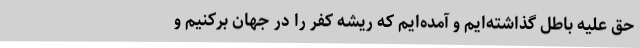
حق علیه باطل گذاشته‌ایم و آمده‌ایم که ریشه کفر را در جهان برکنیم و